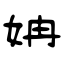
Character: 姌